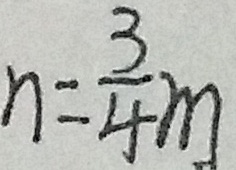
n = \frac { 3 } { 4 } m